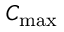
C _ { \mathrm { m a x } }